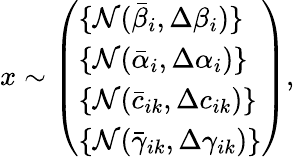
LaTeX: x\sim\left(\begin{array}{l}{\{ \mathcal{N}(\bar{\beta}_{i},\Delta\beta_{i})\} }\\ {\{ \mathcal{N}(\bar{\alpha}_{i},\Delta\alpha_{i})\} }\\ {\{ \mathcal{N}(\bar{c}_{ik},\Delta c_{ik})\} }\\ {\{ \mathcal{N}(\bar{\gamma}_{ik},\Delta\gamma_{ik})\} }\end{array}\right),